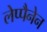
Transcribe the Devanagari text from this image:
लेप्पैनेन